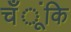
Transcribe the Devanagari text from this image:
चँूंकि